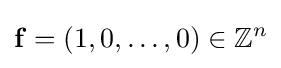
\mathbf {f} =(1,0,\ldots ,0)\in \mathbb {Z} ^{n}